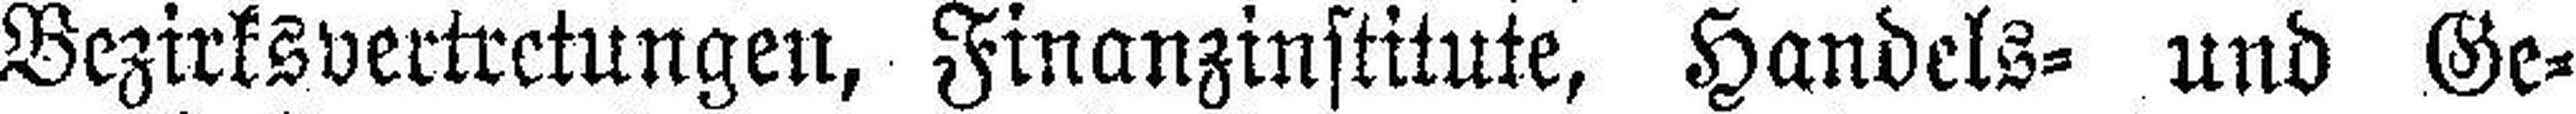
Bezirksvertretungen, Finanzinstitute, Handels= und Ge¬